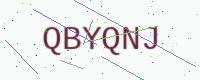
Text: QBYQNJ